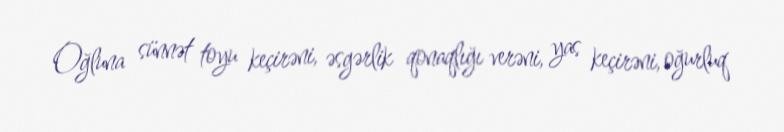
Oğluna sünnət toyu keçirəni, əsgərlik qonaqlığı verəni, yas keçirəni, oğurluq